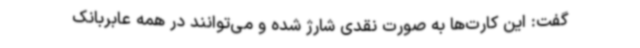
گفت: این کارت‌ها به صورت نقدی شارژ شده و می‌توانند در همه عابربانک